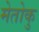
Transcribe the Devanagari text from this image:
मेतोकु